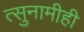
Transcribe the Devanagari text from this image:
त्सुनामीही